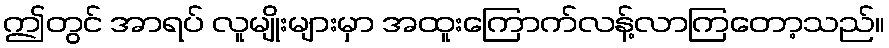
ဤတွင် အာရပ် လူမျိုးများမှာ အထူးကြောက်လန့်လာကြတော့သည်။